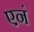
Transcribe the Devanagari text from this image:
एनं